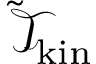
\tilde { \mathcal { T } } _ { \mathrm { k i n } }